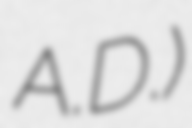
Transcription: A.D.)